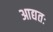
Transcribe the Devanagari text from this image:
आद्यतः